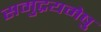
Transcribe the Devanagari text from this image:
समुद्रयमेषु